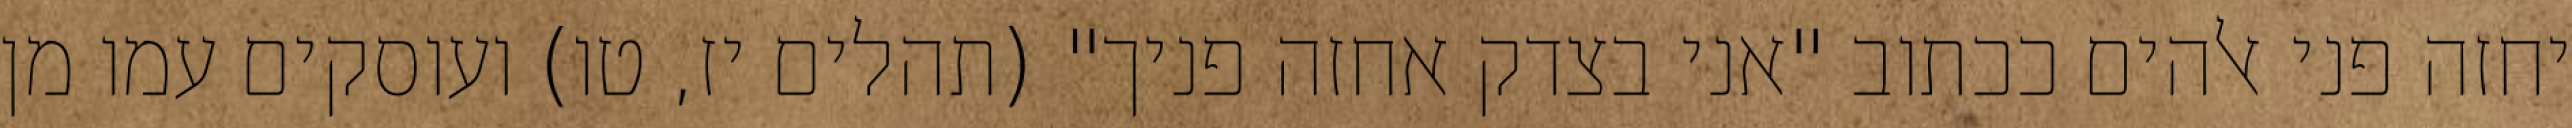
יחזה פני אלהים ככתוב "אני בצדק אחזה פניך" (תהלים יז, טו) ועוסקים עמו מן